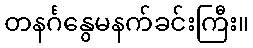
တနင်္ဂနွေမနက်ခင်းကြီး။